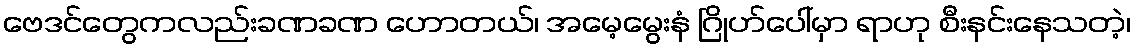
ဗေဒင်တွေကလည်းခဏခဏ ဟောတယ်၊ အမေ့မွေးနံ ဂြိုဟ်ပေါ်မှာ ရာဟု စီးနင်းနေသတဲ့၊